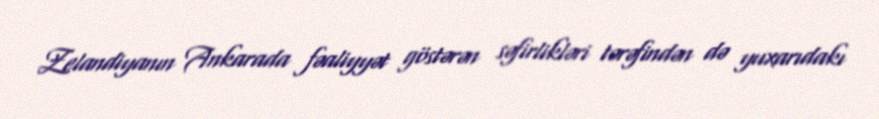
Zelandiyanın Ankarada fəaliyyət göstərən səfirlikləri tərəfindən də yuxarıdakı